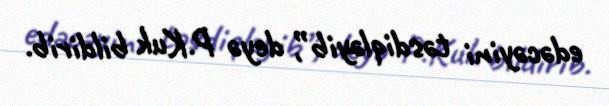
edəcəyini təsdiqləyib”, deyə P.Kuk bildirib.